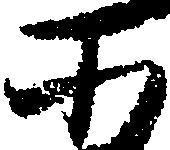
そ